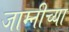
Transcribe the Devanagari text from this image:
जाम्नीच्या